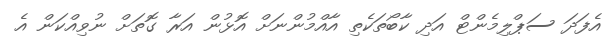
އެފަދަ ސަޕްލިމެންޓް އަދި ކާބޯތަކެތި އާއްމުންނަށް އޮޅުން އަރާ ގޮތަށް ނުވިއްކަން އެ